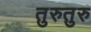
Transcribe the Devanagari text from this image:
तुरुतुरु